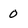
Character: 0